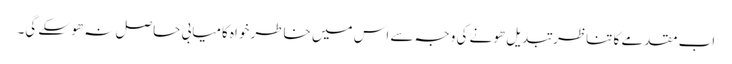
اب مقدمے کا تناظر تبدیل ھونے کی وجہ سے اس میں خاطر خواہ کامیابی حاصل نہ ھو سکے گی۔